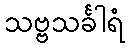
သဗ္ဗသင်္ခါရံ